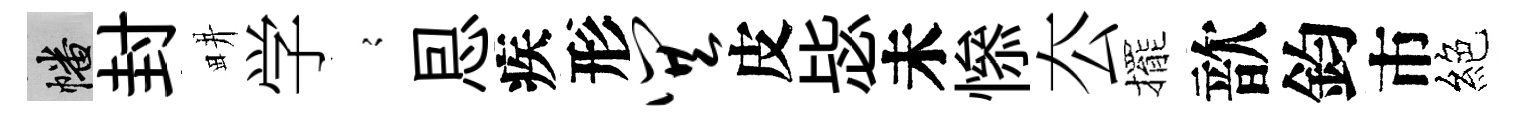
幡封畊学𡪹㤙疾形巽皮毖未𢡖厺擺歆鈞市絕